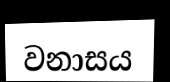
වනාසය